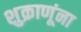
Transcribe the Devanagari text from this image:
शुक्राणूंना